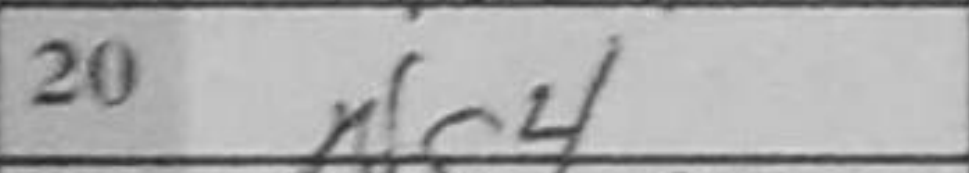
Transcription: Ng4